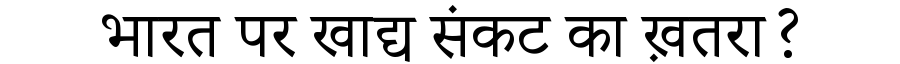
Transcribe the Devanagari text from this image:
भारत पर खाद्य संकट का ख़तरा?